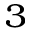
_ { 3 }